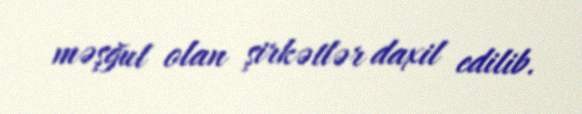
məşğul olan şirkətlər daxil edilib.